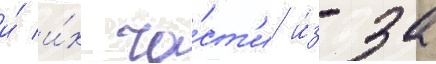
и́ и́х ча́ст'и и́з-за